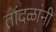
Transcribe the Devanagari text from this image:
तांदळांनी